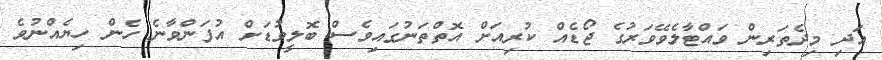
އަދި މިދެތަރިން ވައްޓާލެވޭވަރުގެ ޖޯޑެއް ކުރިއަށް އޮތްތަނުގައިވެސް ބޮލީވުޑަށް އުފަންވާނެ ހެން ހިޔެއްނުވެ